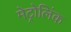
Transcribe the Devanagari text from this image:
मेट्रोलिंक